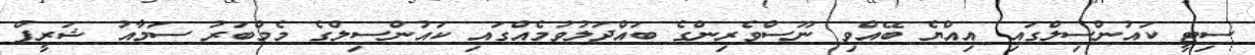
ސިޓީ ކައުންސިލްގައި އިއްޔެ ބޭއްވި ނޫސްވެރިންގެ ބައްދަލުވުމެއްގައި ކައުންސިލްގެ މެމްބަރު ސަމާއު ޝަރީފް